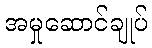
အမှုဆောင်ချုပ်